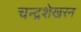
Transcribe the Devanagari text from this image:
चन्‍द्रशेखरन